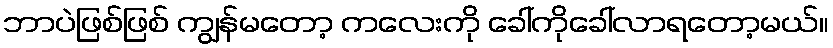
ဘာပဲဖြစ်ဖြစ် ကျွန်မတော့ ကလေးကို ခေါ်ကိုခေါ်လာရတော့မယ်။